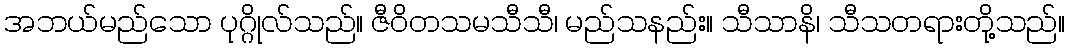
အဘယ်မည်သော ပုဂ္ဂိုလ်သည်။ ဇီဝိတသမသီသီ၊ မည်သနည်း။ သီသာနိ၊ သီသတရားတို့သည်။